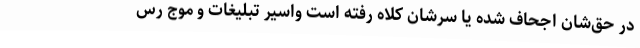
در حق‌شان اجحاف شده یا سرشان کلاه رفته است واسیر تبلیغات و موج رس